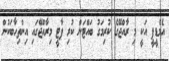
އެމްޑީޕީ އަކީ މި ރާއްޖޭގެ ކުރިމަގު ބައްޓަން ކުރި ޕާޓީ މިރާއްޖޭގައި އިންތިހާބަކުން